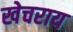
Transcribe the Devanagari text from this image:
खेचराय